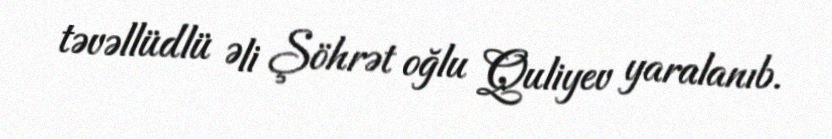
təvəllüdlü Əli Şöhrət oğlu Quliyev yaralanıb.